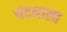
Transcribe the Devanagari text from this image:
चंदनाला